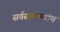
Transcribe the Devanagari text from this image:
सर्वसामान्यांस